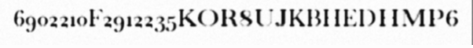
6902210F2912235KOR8UJKBHEDHMP6